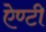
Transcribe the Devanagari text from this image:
ऐण्टी